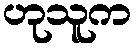
ဟုသူက